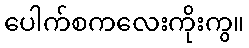
ပေါက်စကလေးကိုးကွ။